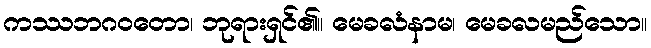
ကဿဘဂဝတော၊ ဘုရားရှင်၏။ မေခလံနာမ၊ မေခလမည်သော။